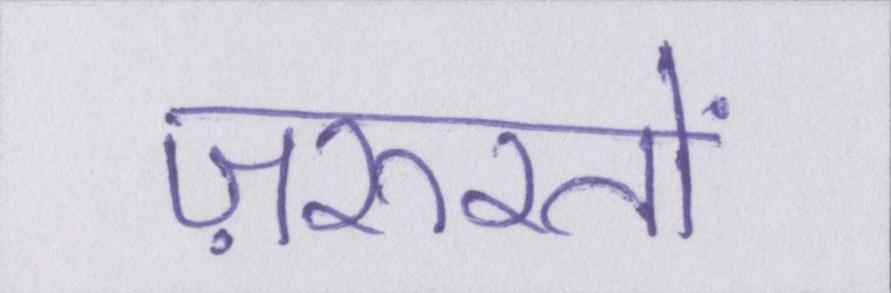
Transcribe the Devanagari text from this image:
ज़रूरतों